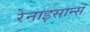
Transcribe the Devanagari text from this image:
रेनाइसान्स